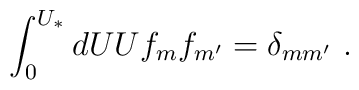
\int_0^{U_*} dU U f_m f_{m'} = \delta_{mm'}~.